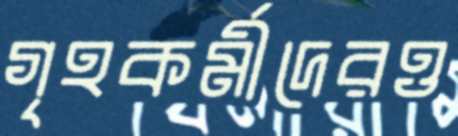
গৃহকর্মীদেরও